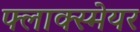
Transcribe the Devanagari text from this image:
फ्लाक्स्मेयर